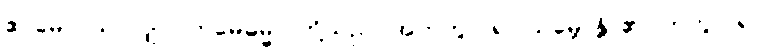
ဧဝမေဝ၊ သာလျှင်။ ဣမေဓမ္မာ၊ တို့သည်။ အဟုတွာ၊ ၍။ သမ္ဘောန္တိ၊ ၏။ ဟုတွာ၊ ၍။